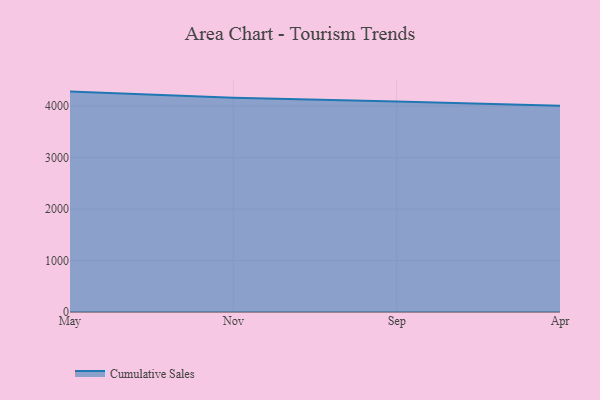
{"axis": {"x": "Month", "y": "Satisfaction Score"}, "legend": ["Cumulative Sales"], "data": [{"x": "May", "y": 4282.0, "type": "Cumulative Sales"}, {"x": "Nov", "y": 4160.6, "type": "Cumulative Sales"}, {"x": "Sep", "y": 4087.3, "type": "Cumulative Sales"}, {"x": "Apr", "y": 4008.3, "type": "Cumulative Sales"}]}